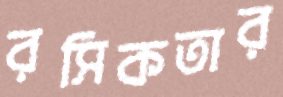
রসিকতার